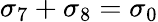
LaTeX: \sigma_{7}+\sigma_{8}=\sigma_{0}